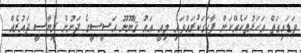
ވަޑައިގަތް އަހަރުތަކެއްކަން ފާހަގަކުރައްވައި މިއީ އައު ޤާނޫނޫ އަސީސީގެ ދަށުން ރިޔާސީ ދައުރެއް